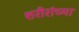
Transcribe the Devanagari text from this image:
शरीरांच्या